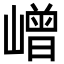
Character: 嶒